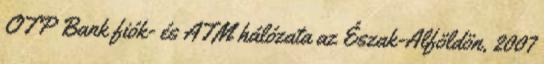
OTP Bank fiók- és ATM hálózata az Észak-Alföldön, 2007